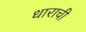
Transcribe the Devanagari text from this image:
धाराची